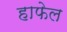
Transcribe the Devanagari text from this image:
हाफेल